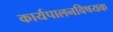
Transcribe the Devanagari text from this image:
कार्यपालनविषयक